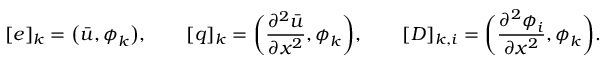
[ \boldsymbol { e } ] _ { k } = \big ( \bar { u } , \boldsymbol { \phi } _ { k } \big ) , \qquad [ \boldsymbol { q } ] _ { k } = \bigg ( \frac { \partial ^ { 2 } \bar { u } } { \partial x ^ { 2 } } , \boldsymbol { \phi } _ { k } \bigg ) , \qquad [ \boldsymbol { D } ] _ { k , i } = \bigg ( \frac { \partial ^ { 2 } \boldsymbol { \phi } _ { i } } { \partial x ^ { 2 } } , \boldsymbol { \phi } _ { k } \bigg ) .